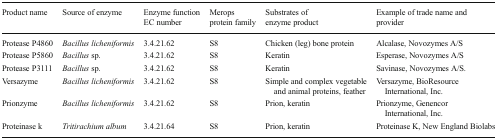
| Product name | Source of enzyme | Enzyme function EC number | Merops protein family | Substrates of enzyme product | Example of trade name and provider |
 | --- | --- | --- | --- | --- | --- |
 | Protease P4860 | Bacillus licheniformis | 3.4.21.62 | S8 | Chicken (leg) bone protein | Alcalase, Novozymes A/S |
 | Protease P5860 | Bacillus sp. | 3.4.21.62 | S8 | Keratin | Esperase, Novozymes A/S |
 | Protease P3111 | Bacillus sp. | 3.4.21.62 | S8 | Keratin | Savinase, Novozymes A/S. |
 | Versazyme | Bacillus licheniformis | 3.4.21.62 | S8 | Simple and complex vegetable and animal proteins, feather | Versazyme, BioResource International, Inc. |
 | Prionzyme | Bacillus licheniformis | 3.4.21.62 | S8 | Prion, keratin | Prionzyme, Genencor International, Inc. |
 | Proteinase k | Tritirachium album | 3.4.21.64 | S8 | Prion, keratin | Proteinase K, New England Biolabs |